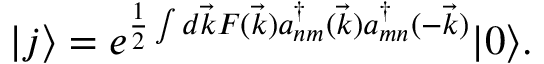
| j \rangle = e ^ { \frac { 1 } { 2 } \int d \vec { k } F ( \vec { k } ) a _ { n m } ^ { \dagger } ( \vec { k } ) a _ { m n } ^ { \dagger } ( - \vec { k } ) } | 0 \rangle .